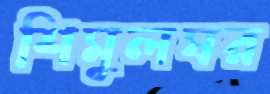
শিমুলঘর